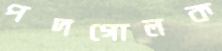
পদগোলক